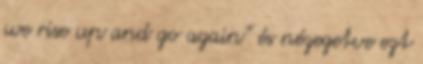
we rise up and go again” és nézegetve ezt